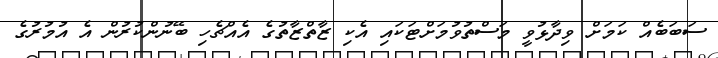
ސަބަބެއް ކަމަށް ވިދާޅުވީ މަސްތުވުމަށްޓަކައި އެކި ޒާތްޒާތުގެ އެއްޗެހި ބޭނުންކުރުން އެ އުމުރުގެ